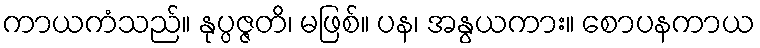
ကာယကံသည်။ နုပ္ပဇ္ဇတိ၊ မဖြစ်။ ပန၊ အနွယကား။ စောပနကာယ